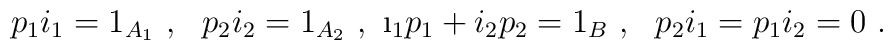
p_{1}i_{1}=1_{A_{1}}\ ,\ \ p_{2}i_{2}=1_{A_{2}}\ ,\ \i_{1}p_{1}+i_{2}p_{2}=1_{B}\ ,\ \ p_{2}i_{1}=p_{1}i_{2}=0\ .